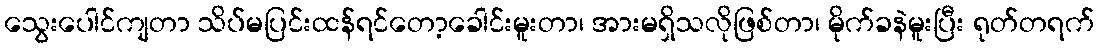
သွေးပေါင်ကျတာ သိပ်မပြင်းထန်ရင်တော့ခေါင်းမူးတာ၊ အားမရှိသလိုဖြစ်တာ၊ မိုက်ခနဲမူးပြီး ရုတ်တရက်